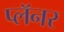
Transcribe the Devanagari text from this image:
प्लॅनर